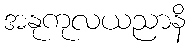
အနုကုလယညာနိ